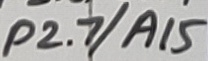
Text: P2.7/A15